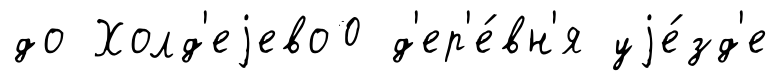
до Холд'еjево0 д'ер'е́вн'я уjе́зд'е